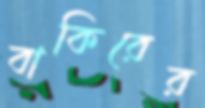
বাকিরের